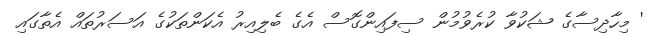
' މިހާދިސާގެ ޝަކުވާ ކުރެވުމުން ސިފައިންގޮސް އެގެ ބެލިއިރު އެކަންތަކުގެ އަސަރުތައް އެތާގައި